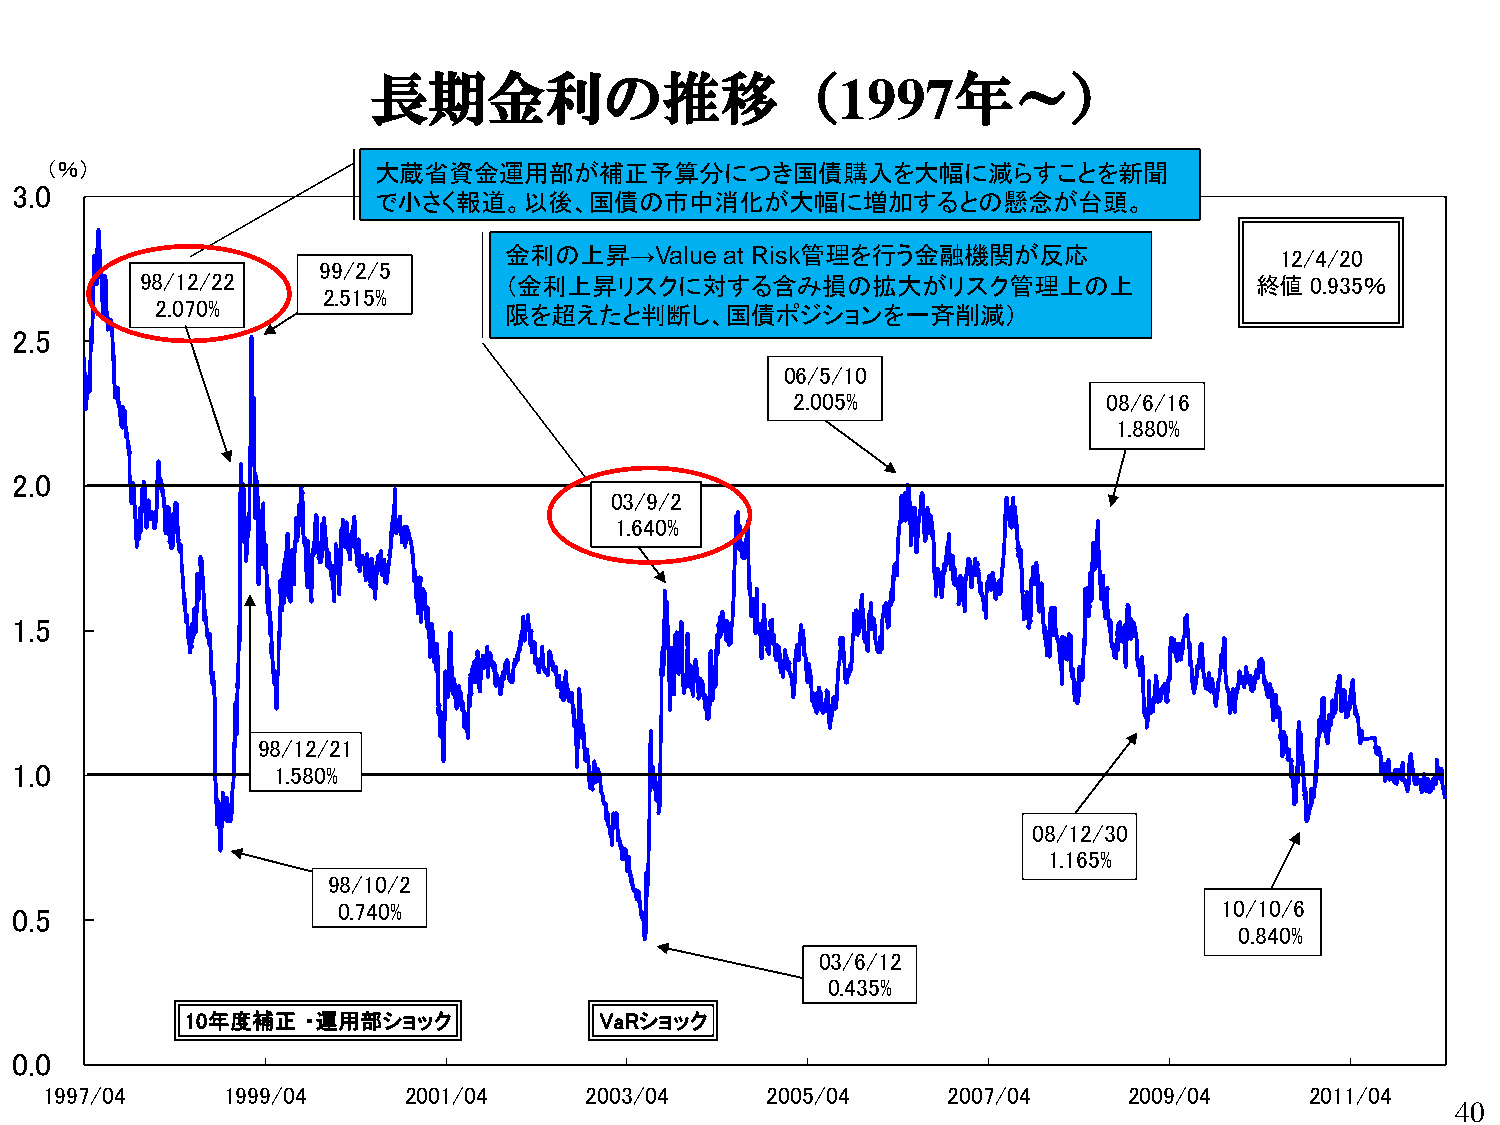
長期金利の推移（1997年～）
 （％）                    大蔵省資金運用部が補正予算分につき国債購入を大幅に減らすことを新聞
 3.0
 で小さく報道。以後、国債の市中消化が大幅に増加するとの懸念が台頭。
 金利の上昇→Value    at Risk管理を行う金融機関が反応                  12/4/20
 99/2/5
 98/12/22                （金利上昇リスクに対する含み損の拡大がリスク管理上の上                       終値  0.935％
 2.515%
 2.070%                 限を超えたと判断し、国債ポジションを一斉削減）
 2.5
 06/5/10
 2.005%              08/6/16
 1.880%
 2.0
 03/9/2
 1.640%
 1.5
 98/12/21
 1.0              1.580%
 08/12/30
 1.165%
 98/10/2
 0.5                  0.740%                                                     10/10/6
 0.840%
 03/6/12
 0.435%
 10年度補正  ・運用部ショック            VaRショック
 0.0
 1997/04     1999/04     2001/04     2003/04     2005/04     2007/04     2009/04     2011/04
 40